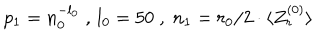
p _ { 1 } = n _ { 0 } ^ { - l _ { 0 } } \; , \, l _ { 0 } = 5 0 \; , \; n _ { 1 } = r _ { 0 } / 2 \cdot \langle Z _ { r } ^ { ( 0 ) } \rangle